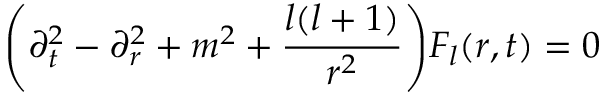
\Biggl ( \partial _ { t } ^ { 2 } - \partial _ { r } ^ { 2 } + m ^ { 2 } + \frac { l ( l + 1 ) } { r ^ { 2 } } \Biggr ) F _ { l } ( r , t ) = 0